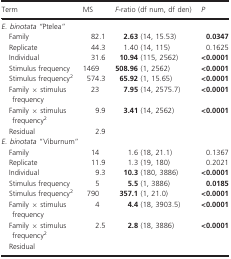
<table><thead><tr><td><b>Term</b></td><td><b>MS</b></td><td><b><i>F</i>-ratio (df num, df den)</b></td><td><b><i>P</i></b></td></tr></thead><tbody><tr><td colspan="4"><i>E. binotata “</i>Ptelea” </td></tr><tr><td> Family</td><td>82.1</td><td><b>2.63</b> (14, 15.53)</td><td><b>0.0347</b></td></tr><tr><td> Replicate</td><td>44.3</td><td>1.40 (14, 115)</td><td>0.1625</td></tr><tr><td> Individual</td><td>31.6</td><td><b>10.94</b> (115, 2562)</td><td><b>&lt;0.0001</b></td></tr><tr><td> Stimulus frequency</td><td>1469</td><td><b>508.96</b> (1, 2562)</td><td><b>&lt;0.0001</b></td></tr><tr><td> Stimulus frequency<sup>2</sup></td><td>574.3</td><td><b>65.92</b> (1, 15.65)</td><td><b>&lt;0.0001</b></td></tr><tr><td> Family × stimulus frequency</td><td>23</td><td><b>7.95</b> (14, 2575.7)</td><td><b>&lt;0.0001</b></td></tr><tr><td> Family × stimulus frequency<sup>2</sup></td><td>9.9</td><td><b>3.41</b> (14, 2562)</td><td><b>&lt;0.0001</b></td></tr><tr><td> Residual</td><td>2.9</td><td></td><td></td></tr><tr><td colspan="4"><i>E. binotata</i> “Viburnum” </td></tr><tr><td> Family</td><td>14</td><td>1.6 (18, 21.1)</td><td>0.1367</td></tr><tr><td> Replicate</td><td>11.9</td><td>1.3 (19, 180)</td><td>0.2021</td></tr><tr><td> Individual</td><td>9.3</td><td><b>10.3</b> (180, 3886)</td><td><b>&lt;0.0001</b></td></tr><tr><td> Stimulus frequency</td><td>5</td><td><b>5.5</b> (1, 3886)</td><td><b>0.0185</b></td></tr><tr><td> Stimulus frequency<sup>2</sup></td><td>790</td><td><b>357.1</b> (1, 21.0)</td><td><b>&lt;0.0001</b></td></tr><tr><td> Family × stimulus frequency</td><td>4</td><td><b>4.4</b> (18, 3903.5)</td><td><b>&lt;0.0001</b></td></tr><tr><td> Family × stimulus frequency<sup>2</sup></td><td>2.5</td><td><b>2.8</b> (18, 3886)</td><td><b>&lt;0.0001</b></td></tr><tr><td> Residual</td><td></td><td></td><td></td></tr></tbody></table>